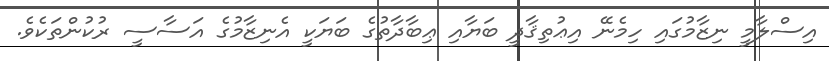
އިސްލާމީ ނިޒާމުގައި ހިމެނޭ އިޢުތިޤާދީ ބަޔާއި ޢިބާދާތުގެ ބަޔަކީ އެނިޒާމުގެ އަސާސީ ރުކުންތަކެވެ.